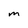
Character: m